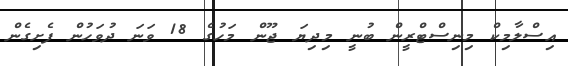
އިސްލާމިކް މިނިސްޓްރީން ބުނީ މިދިޔަ ޖޫން މަހުގެ 18 ވަނަ ދުވަހުން ފެށިގެން